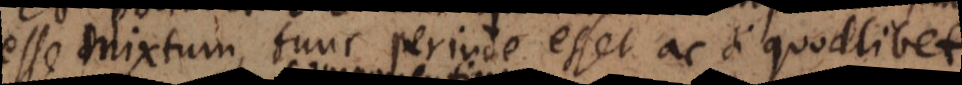
esse mixtum, tunc perinde esset ac si quodlibet